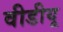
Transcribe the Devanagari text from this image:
वीडीयू